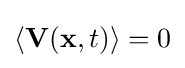
\langle \mathbf {V} (\mathbf {x} ,t)\rangle =0